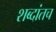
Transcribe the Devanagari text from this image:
शब्दांतच